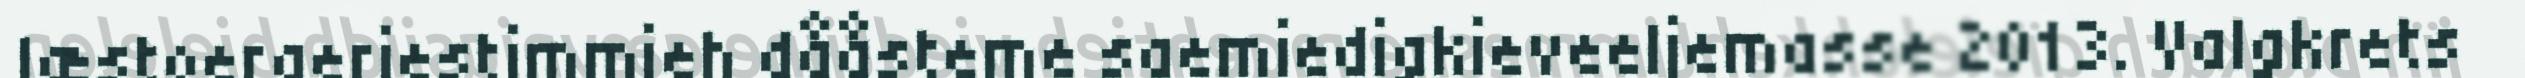
læstoeraeriestimmieh dååsteme saemiedigkieveeljemasse 2013. Valgkrets